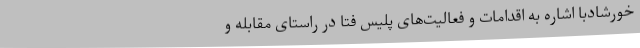
خورشادبا اشاره به اقدامات و فعالیت‌های پلیس فتا در راستای مقابله و